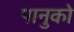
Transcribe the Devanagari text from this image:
पानुको